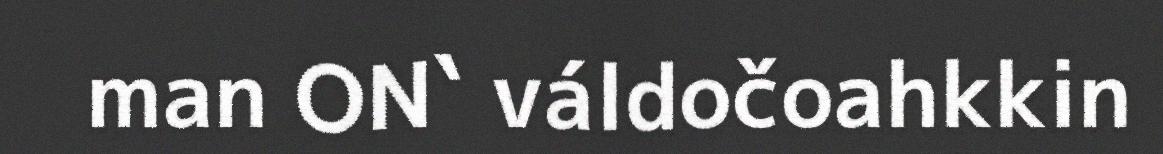
man ON` váldočoahkkin